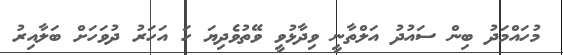
މުހައްމަދު ބިން ސައުދު އަލްތާނީ ވިދާޅުވީ ވޭތުވެދިޔަ ހަ އަހަރު ދުވަހަށް ބަލާއިރު